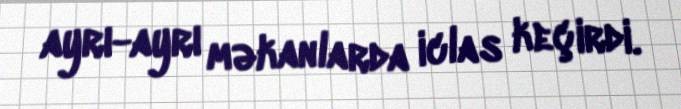
ayrı-ayrı məkanlarda iclas keçirdi.